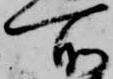
所